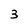
Character: 3